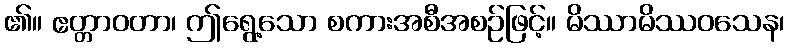
၏။ ဧတ္တာဝတာ၊ ဤရွေ့သော စကားအစီအစဉ်ဖြင့်။ မိဿာမိဿဝသေန၊